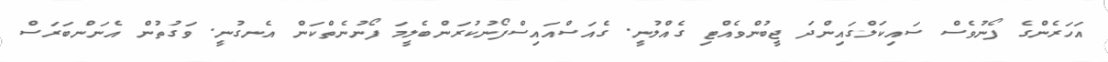
އަހަރެންގެ ފޯނުވެސް ސައިކަލްގައިންދަ ޖީބުންވެއްޓި ގެއްލުނީ. ގެއަސްއައިސްފޯނުކުރަންބެލީމަ ފޯނުނެތްކަން އެނގުނީ. ވަގުތުން އެނަންބަރަސް